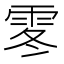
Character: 𩂓